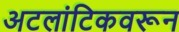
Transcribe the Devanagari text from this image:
अटलांटिकवरून